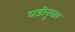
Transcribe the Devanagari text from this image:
घडीनुसार